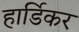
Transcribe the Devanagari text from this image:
हार्डिकर